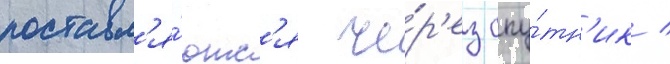
поставл'я́ютс'я че́р'ез спу́тн'ик /